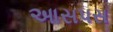
આસપસ